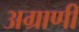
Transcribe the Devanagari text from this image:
अग्राणी